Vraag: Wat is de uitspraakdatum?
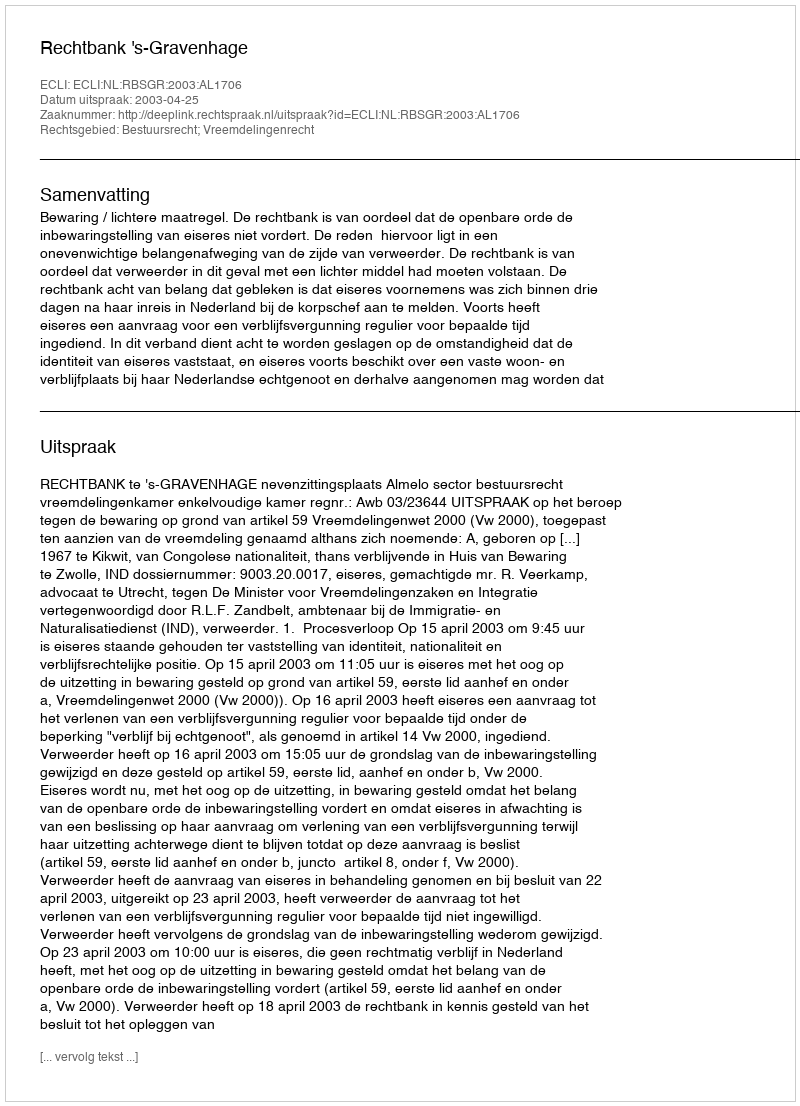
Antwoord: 2003-04-25